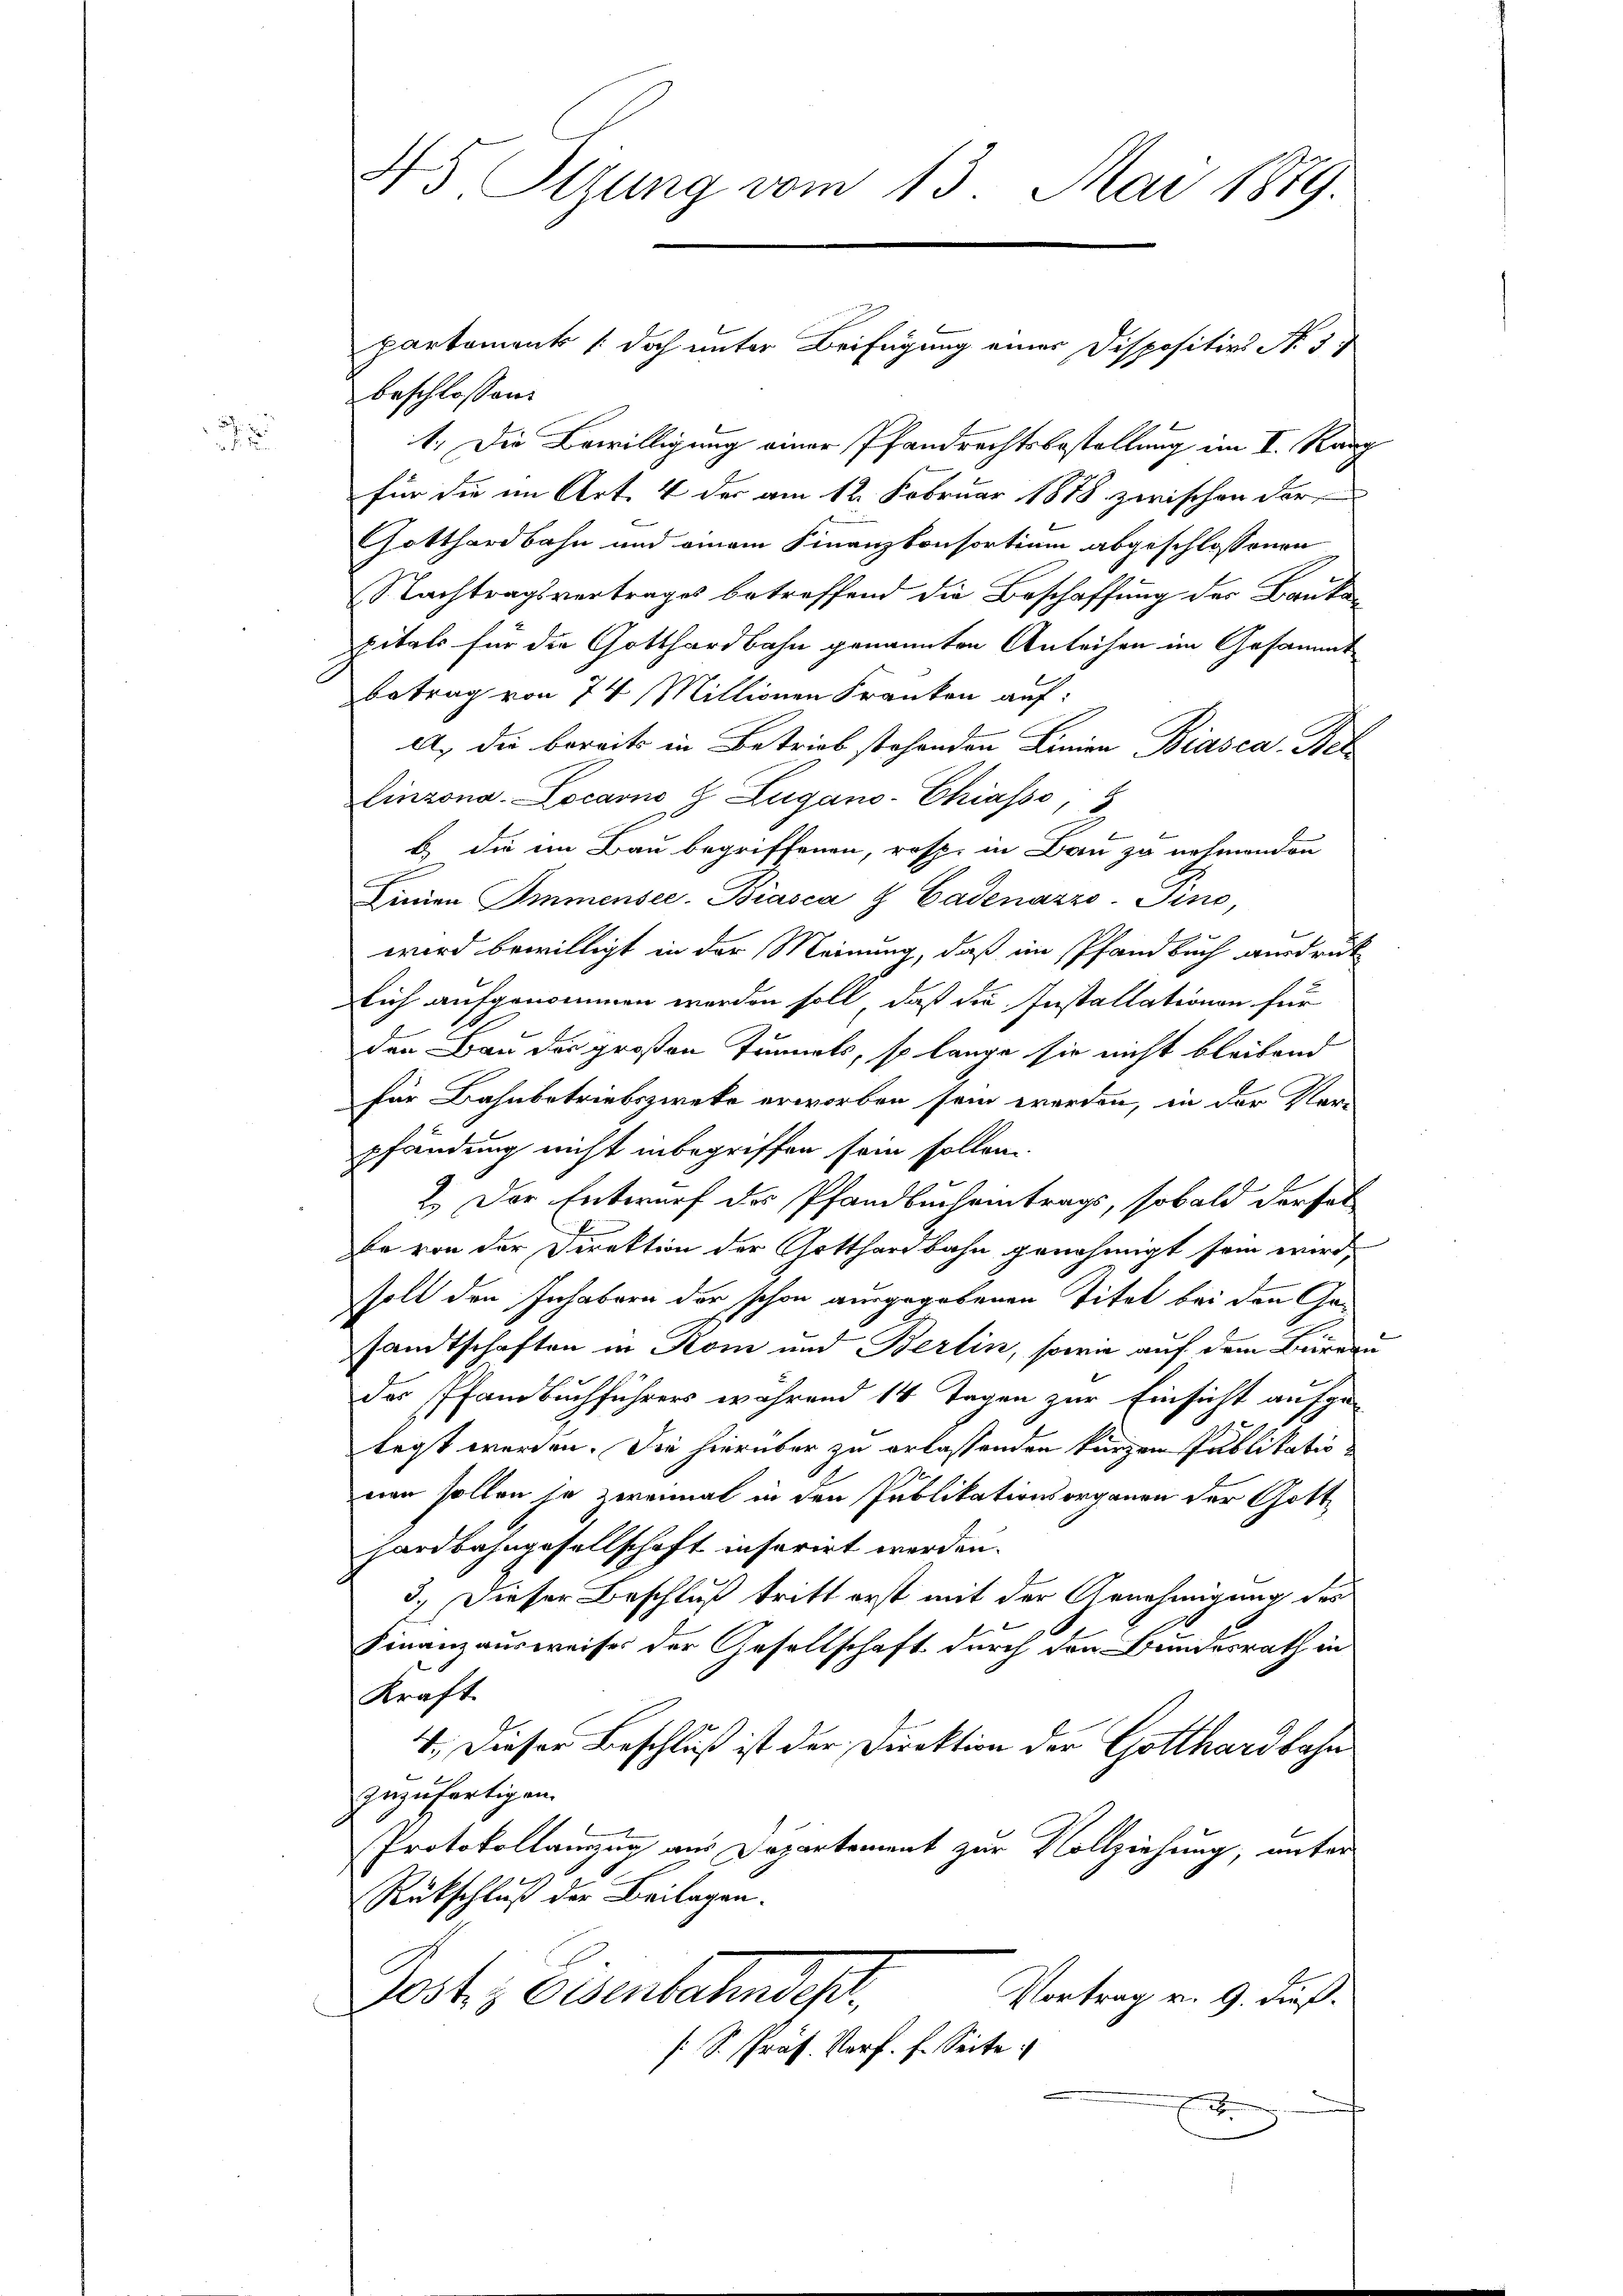
7

beschlossen:
1. Die Bewilligung einer Pfandrechtsbestellung im I. Kanz
für die im Art. 4 der am 12. Februar 1878 zwischen dor¬
Gotthardbahn und einem Finanzkonsortium abgeschlossenen
Nachtragsvertrages betreffend die Beschaffung des Baukopitals für die Gotthardbahn genannten Anleihen im Gesammt
betrag von 74 Millionen Franken auf:
A., die bereits in Betrieb stehenden Linien Biasca Bel
Linzona. Locarno & Zugano-Chiasso,
e
b) die im Bau begriffenen, resp. in Bau zu nehmenden
Leinen Immensee. Biasca & Cadenazzo-Pino,
wird bewilligt in der Meinung, daß im Pfandbuch ausdruck
lich aufgenommen werden soll, daß die Installationen für
den Bau des großen Tunnels, so lange sie nicht bleibend
für Bahnbetriebszwecke erworben sein werden, in der Vor-
pfändung nicht inbegriffen sein sollen.
2.) Der Entwurf des Pfandbucheintrags, sobald der hat
be von der Direktion der Gotthardbahn genehmigt sein wird,
soll den Inhabern der schon ausgegebenen Titel bei den Gesandtschaften in Rom und Berlin, sowie auf dem Bureau
des Pfandbuchführers während 14 Tagen zur Einsicht aufge-
tagt werden. Sie hierüber zu erlassenden kurzen Publikatio
nen sollen so zweimal in den Publikationsorganen der Gott
hardbahngesellschaft inferirt werden.
3.) Dieser Beschluß tritt erst mit der Genehmigung der
Finanzausweises der Gesellschaft durch den Bundesrath in
Straft.
4.) Dieser Beschluß ist der Direktion der Gotthardbahn
zuzufertigen.
Protokollanzug aus Departement zur Vollziehung, unter
Rückschluß der Beilagen.
Vortrag v. 9. dieß.
Jost & Eisenbahndeß
[S. Präs. Vorf. F. Seite
x

45 Sizung vom 13. Mai 1889

partement (doch unter Beifügung einer Dispositivs N. 3